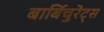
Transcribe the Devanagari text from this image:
बार्बिचुरेट्स